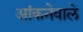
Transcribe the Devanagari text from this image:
आंकनेवाले